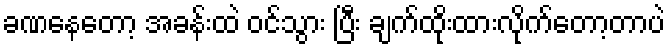
ခဏနေတော့ အခန်းထဲ ဝင်သွား ပြီး ချက်ထိုးထားလိုက်တော့တာပဲ